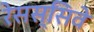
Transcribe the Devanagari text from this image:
रेसस्सिवे